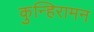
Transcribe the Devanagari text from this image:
कुन्हिरामन